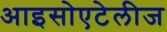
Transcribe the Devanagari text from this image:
आइसोएटेलीज